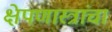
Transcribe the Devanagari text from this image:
क्षेपणास्त्रांचा